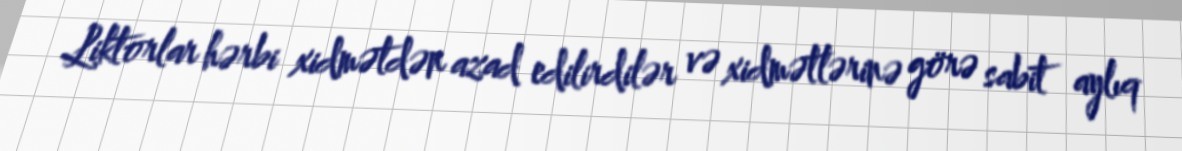
Liktorlar hərbi xidmətdən azad edilirdilər və xidmətlərinə görə sabit aylıq